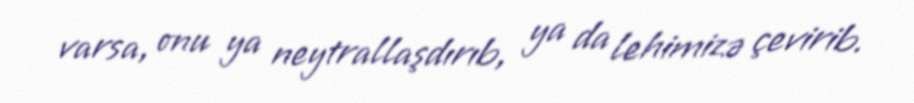
varsa, onu ya neytrallaşdırıb, ya da lehimizə çevirib.